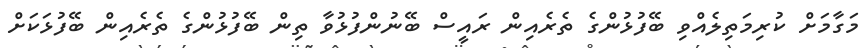
މަގާމަށް ކުރިމަތިލެއްވި ބޭފުޅުންގެ ތެރެއިން ރައީސް ބޭނުންފުޅުވާ ތިން ބޭފުޅުންގެ ތެރެއިން ބޭފުޅަކަަށް